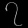
Digit: ၇